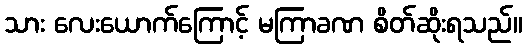
သား လေးယောက်ကြောင့် မကြာခဏ စိတ်ဆိုးရသည်။